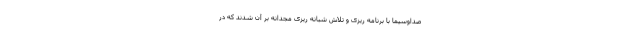
صداوسیما با برنامه ریزی و تلاش شبانه ریزی مجدانه بر آن شدند که در